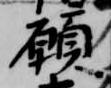
願